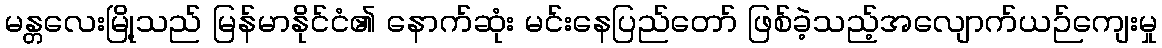
မန္တလေးမြို့သည် မြန်မာနိုင်ငံ၏ နောက်ဆုံး မင်းနေပြည်တော် ဖြစ်ခဲ့သည့်အလျောက်ယဉ်ကျေးမှု